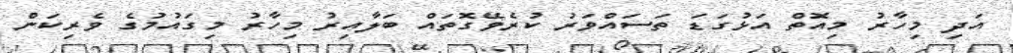
އަދި މިހާރު މިއޮތް އަޅުގަޑަ ތަސައްވަރު ކުރެވޭގޮތައް ބަލާއިރު މިހާރު މިގައުމުގެ ވެރިކަން